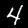
Label: 4